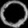
Digit: ၀